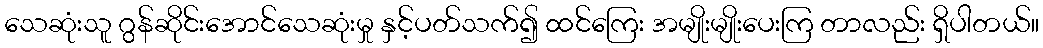
သေဆုံးသူ ဂွန်ဆိုင်းအောင်သေဆုံးမှု နှင့်ပတ်သက်၍ ထင်ကြေး အမျိုးမျိုးပေးကြ တာလည်း ရှိပါတယ်။